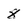
Character: 8